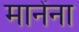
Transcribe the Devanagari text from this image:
मानेंना